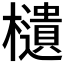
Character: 𣟧